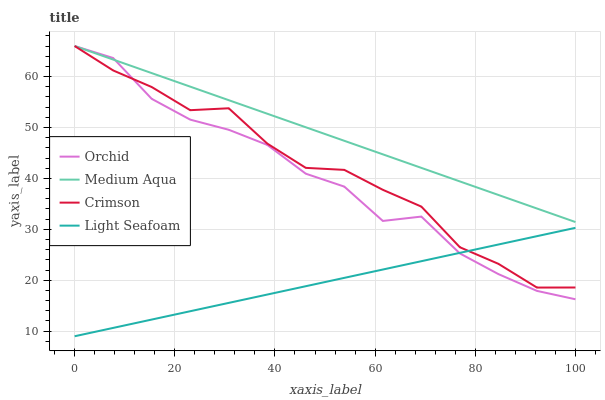
| xaxis_label | Orchid | Medium Aqua | Crimson | Light Seafoam |
 | --- | --- | --- | --- | --- |
 | 0 | 66 | 66 | 66 | 9 |
 | 7.69 | 63.6 | 63.3 | 61.2 | 10.6 |
 | 15.4 | 55.6 | 60.7 | 57.9 | 12.3 |
 | 23.1 | 51.5 | 58 | 53.4 | 13.9 |
 | 30.8 | 49.6 | 55.4 | 53.8 | 15.6 |
 | 38.5 | 46.6 | 52.7 | 46.8 | 17.2 |
 | 46.2 | 40.9 | 50 | 42.1 | 18.8 |
 | 53.8 | 38.4 | 47.4 | 41.7 | 20.5 |
 | 61.5 | 31.6 | 44.7 | 37.8 | 22.1 |
 | 69.2 | 32.5 | 42.1 | 34.5 | 23.7 |
 | 76.9 | 25.3 | 39.4 | 26.5 | 25.4 |
 | 84.6 | 21.2 | 36.7 | 23.2 | 27 |
 | 92.3 | 17.9 | 34.1 | 18.6 | 28.7 |
 | 100 | 16.3 | 31.4 | 18.6 | 30.3 |